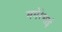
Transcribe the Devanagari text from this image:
ममेरेभाई